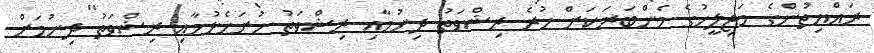
ރައްޔިތުންގެ މަޖިލީހުގެ މެންބަރަކަށް ހުރެ ރިޝްވަތު ދިނުމާއި ރިޝްވަތު ހުށަހެޅުމާއި ރިޝްވަތު ދިނުމަށް